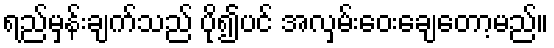
ရည်မှန်းချက်သည် ပို၍ပင် အလှမ်းဝေးချေတော့မည်။